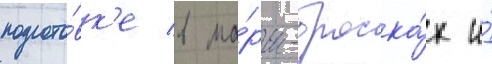
подгото́вк'е в ма́рш-броска́х и́